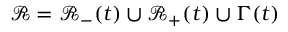
\mathscr { R } = \mathscr { R } _ { - } ( t ) \cup \mathscr { R } _ { + } ( t ) \cup \Gamma ( t )